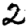
Digit: 2